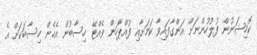
ކޮމިޝަނުން ފުލުހުންނަށް އަންގާފައިވާ ކަމަށާއި ފުއްޕާހަން ވެއްޓޭ ހިސާބުން އެހެން ހިސާބަކަށް އެ